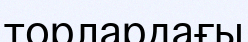
торлардағы